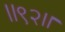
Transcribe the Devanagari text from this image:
।।९२।।